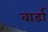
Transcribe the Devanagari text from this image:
वार्डा